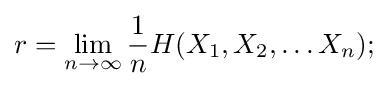
r=\lim _{n\to \infty }{\frac {1}{n}}H(X_{1},X_{2},\dots X_{n});